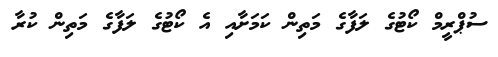
ސުޕްރީމް ކޯޓުގެ ލަފާގެ މަތިން ކަމަށާއި އެ ކޯޓުގެ ލަފާގެ މަތިން ކުރާ